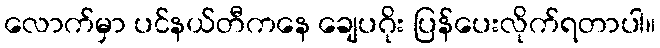
လောက်မှာ ပင်နယ်တီကနေ ချေပဂိုး ပြန်ပေးလိုက်ရတာပါ။